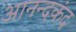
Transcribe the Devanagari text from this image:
आनन्‍दकंद